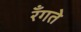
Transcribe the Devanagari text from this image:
रँगते